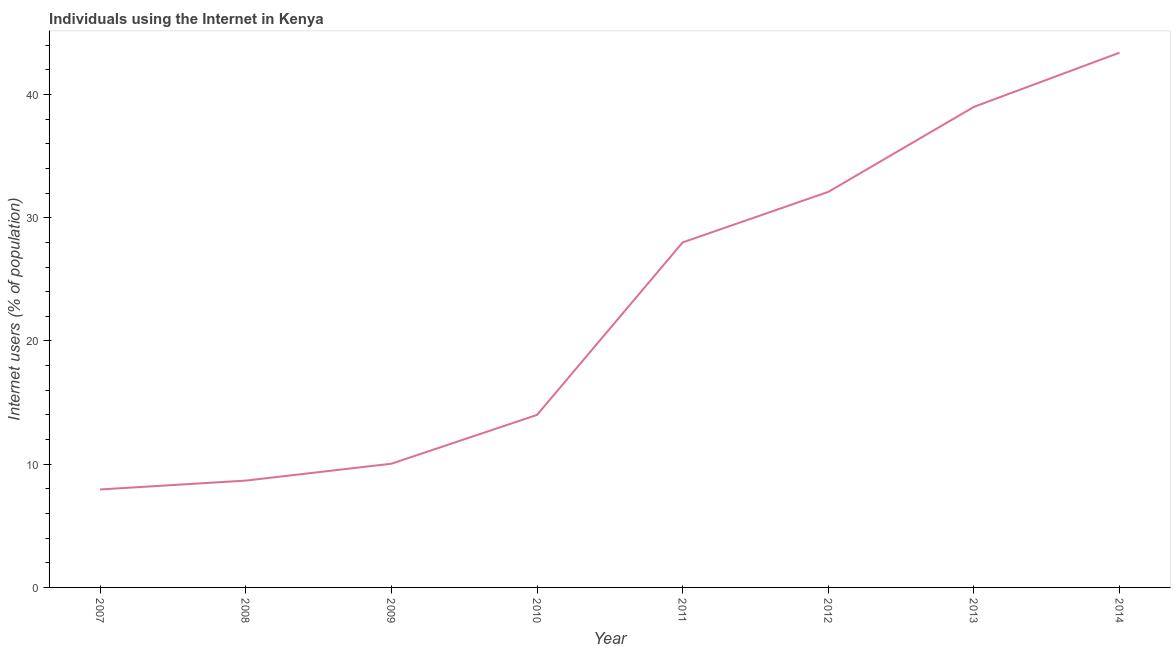
| Year | Internet users |
 | --- | --- |
 | 2007 | 7.95 |
 | 2008 | 8.67 |
 | 2009 | 10 |
 | 2010 | 14 |
 | 2011 | 28 |
 | 2012 | 32.1 |
 | 2013 | 39 |
 | 2014 | 43.4 |